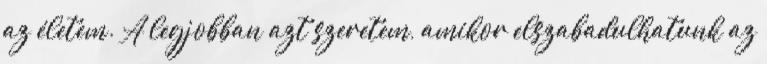
az életem. A legjobban azt szeretem, amikor elszabadulhatunk az